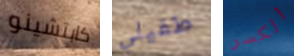
كابتشينو طفيلي الكسر